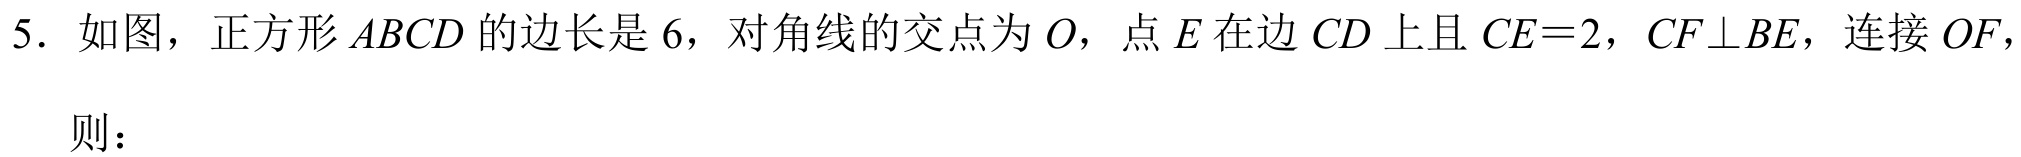
5. 如图，正方形\(ABCD\)的边长是\(6\)，对角线的交点为\(O\)，点\(E\)在边\(CD\)上且\(CE = 2\)，\(CF\perp BE\)，连接\(OF\)，
则：